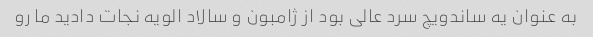
به عنوان یه ساندویچ سرد عالی بود از ژامبون و سالاد الویه نجات دادید ما رو